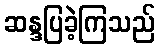
ဆန္ဒပြခဲ့ကြသည်